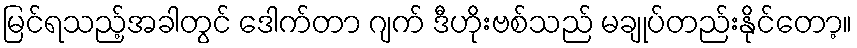
မြင်ရသည့်အခါတွင် ဒေါက်တာ ဂျက် ဒီဟိုးဗစ်သည် မချုပ်တည်းနိုင်တော့။